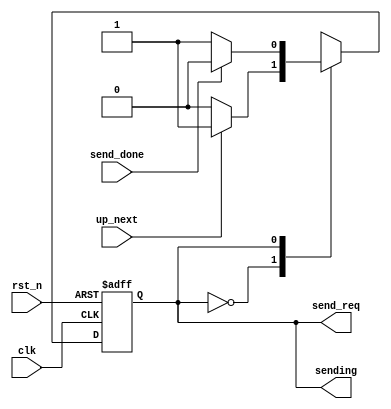

module fsm_send_logic (
		input wire clk,
		input wire rst_n,
    	
		input wire up_next,
		input wire send_done,
		
        output wire send_req,
		output wire sending
		);
		
	parameter IDLE=1'b0, SEND=1'b1;
	
	reg state, next_state;
	
	always@(posedge clk, negedge rst_n)
		if (rst_n == 1'b0)
			state <= IDLE;
		else 
			state <= next_state;
		
	
	/*
	 * NEXT LOGIC
	 */
	always@(state, up_next, send_done)
		case(state)
			IDLE: if(up_next) 
					next_state = SEND;
				  else 
					next_state = IDLE;
			SEND: if(send_done)
					next_state = IDLE;
				  else 
					next_state = SEND;
			default: next_state = IDLE;
		endcase
		
	
	/*
	 * OUTPUT LOGIC
	 */

    assign send_req = state;
    assign sending = state;
	
endmodule